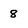
Character: 8